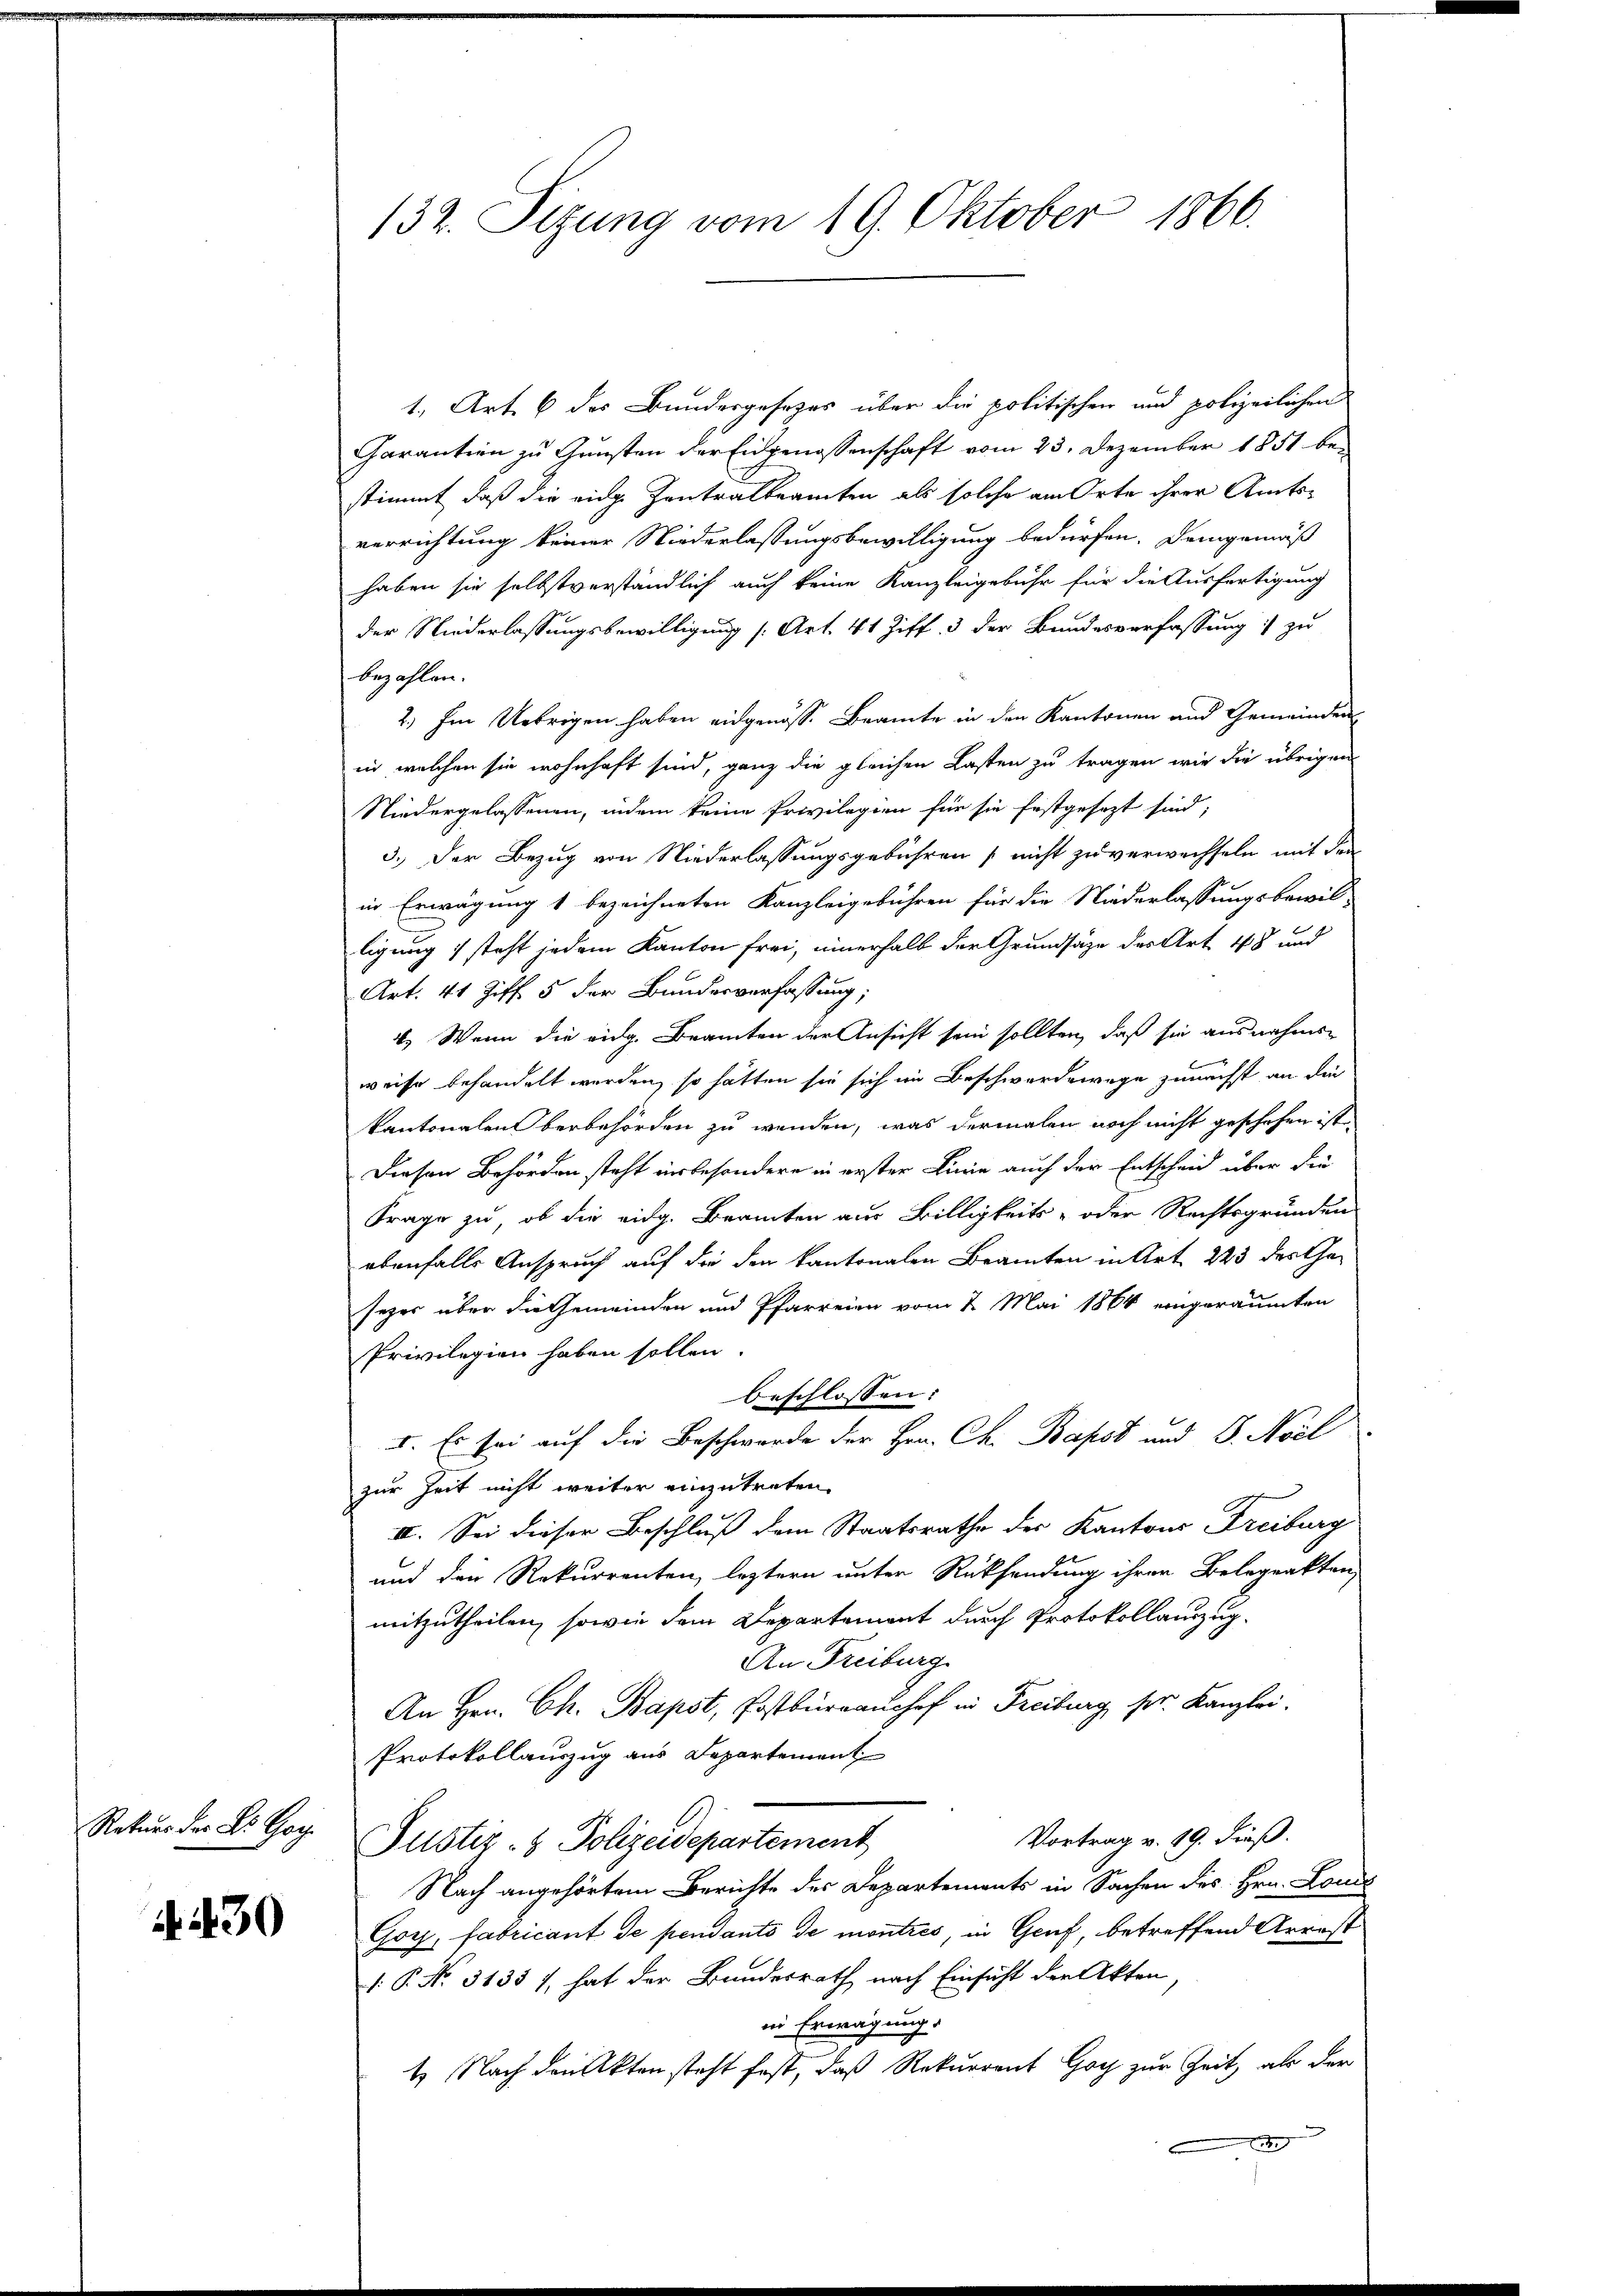
Rekurs der Dr. Go

4. 430

1. Art. 6 des Bundesgesetzes über die politischen und polizeilichen
Carantien zu Gunsten der Eidgenossenschaft vom 23. Dezember 1851 be-
stimmt, daß die eidge Zentralbeamten als solche am Orte ihrer Amtsverrichtung keiner Niederlassungsbewilligung bedürfen. Demgemäß
haben sie selbstverständlich auch keine Kanzleigebühr für die Ausfertigung
der Niederlassungsbewilligung (Art. 41 Ziff. 3 der Bundesverfassung :/ zu
bezahlen.
2.) Im Uebrigen haben eidgenöss. Beamte in den Kantonen und Gemeinden
in welchen sie wohnhaft sind, ganz die gleichen Lasten zu tragen wir die übrigen
Niedergelassenen, indem keine Privilegien für sie festgesezt sind;
3.) Der Bezug von Niederlassungsgebühren nicht zu verwechseln mit den
in Erwägung 1 bezeichneten Kanzleigebühren für die Niederlassungsbewil-
ligung & steht jedem Kanton frei, innerhalb der Grundsätze des Art. 48 und
Art. 41 Ziff. 5 der Bundesverfassung;
4.) Wenn die eidg. Beamten der Ansicht sein sollten, daß sie ausnahmsweise behandelt werden, so hätten sie sich im Beschwerdewege zunächst an die
kantonalen berbehörden zu wenden, was dermalen noch nicht geschehen ist.
Diesen Behörden steht insbesondere in erster Linie auch der Entscheid über die
Frage zu, ob die eidg. Beamten aus Billigkeits- oder Rechtsgründen
ebenfalls Anspruch auf die den kantonalen Beamten in Art. 223 des Geseger über die Gemeinden und Pfarreien vom 2. Mai 1864 eingeräumten
Privilegien haben sollen
beschlossen:
I. Es sei auf die Beschwerde der Hrn. Ch. Bapst und D. Moel
zur Zeit nicht weiter einzutreten
II. Sei dieser Beschluß dem Staatsrathe des Kantons Freiburg
und den Rekurrenten, leztern unter Rücksendung ihren Belegrakten
mitzutheilen, sowie dem Departement durch Protokollanzug
An Freiburg
An Hrn. Ch. Bapst, Postbürganshof in Freiburg sr. Kanzlei.
Protokollauszug aus Departement
Vortrag v. 19. dieß.
Justiz- & Polizeidepartement
Nach angehörtem Berichte des Departements in Sachen des Hrn. Louis
Gor, fabricant de pendants de montres, in Genf, betreffend Arrest
1: P. Nr. 31357, hat der Bundesrath nach Einsicht der Akten,
in Erwägung.
4. Nach den Akten steht fast, daß Rekurrent Hoch zur Zeit, als der
 der

132. Sizung vom 19. Oktober 1866.